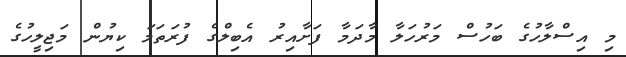
މި އިސްލާހުގެ ބަހުސް މަރުހަލާ މާދަމާ ފަށާއިރު އެބިލްގެ ފުރަތަމަ ކިޔުން މަޖިލީހުގެ